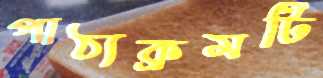
পাঠ্যক্রমটি